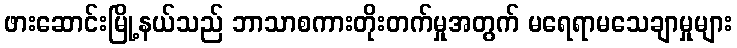
ဖားဆောင်းမြို့နယ်သည် ဘာသာစကားတိုးတက်မှုအတွက် မရေရာမသေချာမှုများ